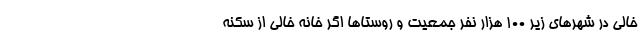
خالی در شهرهای زیر ۱۰۰ هزار نفر جمعیت و روستاها اگر خانه خالی از سکنه